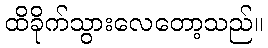
ထိခိုက်သွားလေတော့သည်။